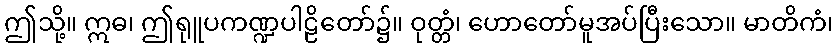
ဤသို့။ ဣဓ၊ ဤရုူပကဏ္ဍပါဠိတော်၌။ ဝုတ္တံ၊ ဟောတော်မူအပ်ပြီးသော။ မာတိကံ၊